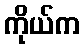
ကိုယ်က